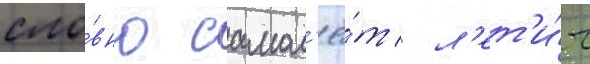
сло́вно самол'ё́т / л'ет'и́т